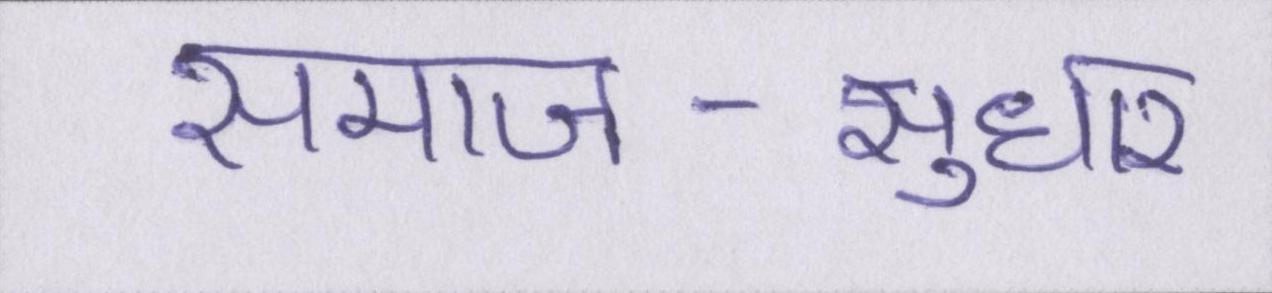
समाज-सुधार